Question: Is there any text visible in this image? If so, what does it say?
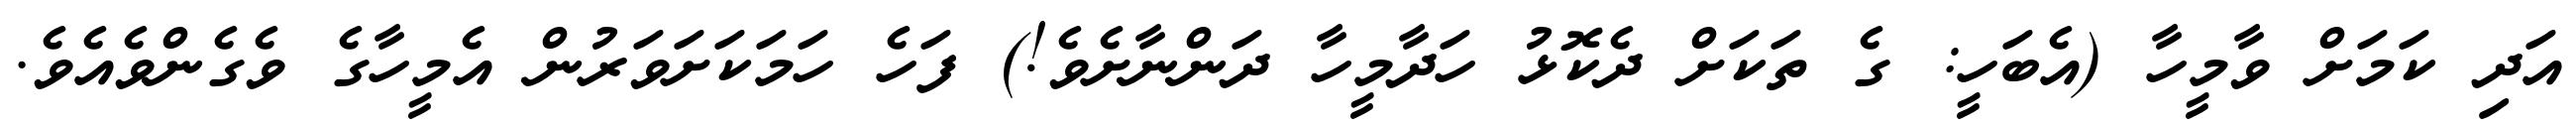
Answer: އަދި ކަމަށް ވާމީހާ (އެބަހީ: ގެ ތަކަށް ދެކޮޅު ހަދާމީހާ ދަންނާށެވެ!) ފަހެ ހަމަކަށަވަރުން އެމީހާގެ ވެގެންވެއެވެ.